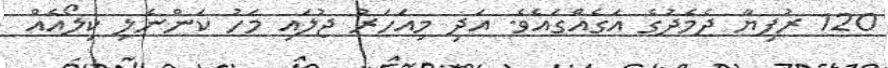
120 ރުފިޔާ ދެމެދުގެ އަގެއްގައެވެ. އަދި މިއަހަރު ޖުލައި މަހު ކަންނެލި ކިލޯއެއް